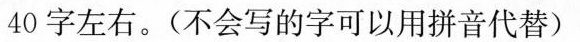
40字左右。（不会写的字可以用拼音代替）